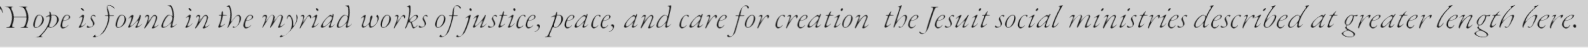
"Hope is found in the myriad works of justice, peace, and care for creation  the Jesuit social ministries described at greater length here."